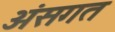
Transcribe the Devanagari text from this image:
अंसगत